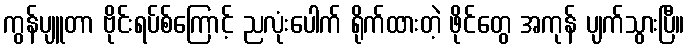
ကွန်ပျူတာ ဗိုင်းရပ်စ်ကြောင့် ညလုံးပေါက် ရိုက်ထားတဲ့ ဖိုင်တွေ အကုန် ပျက်သွားပြီ။